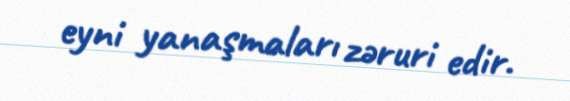
eyni yanaşmaları zəruri edir.